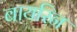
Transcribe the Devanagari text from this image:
बायरिन